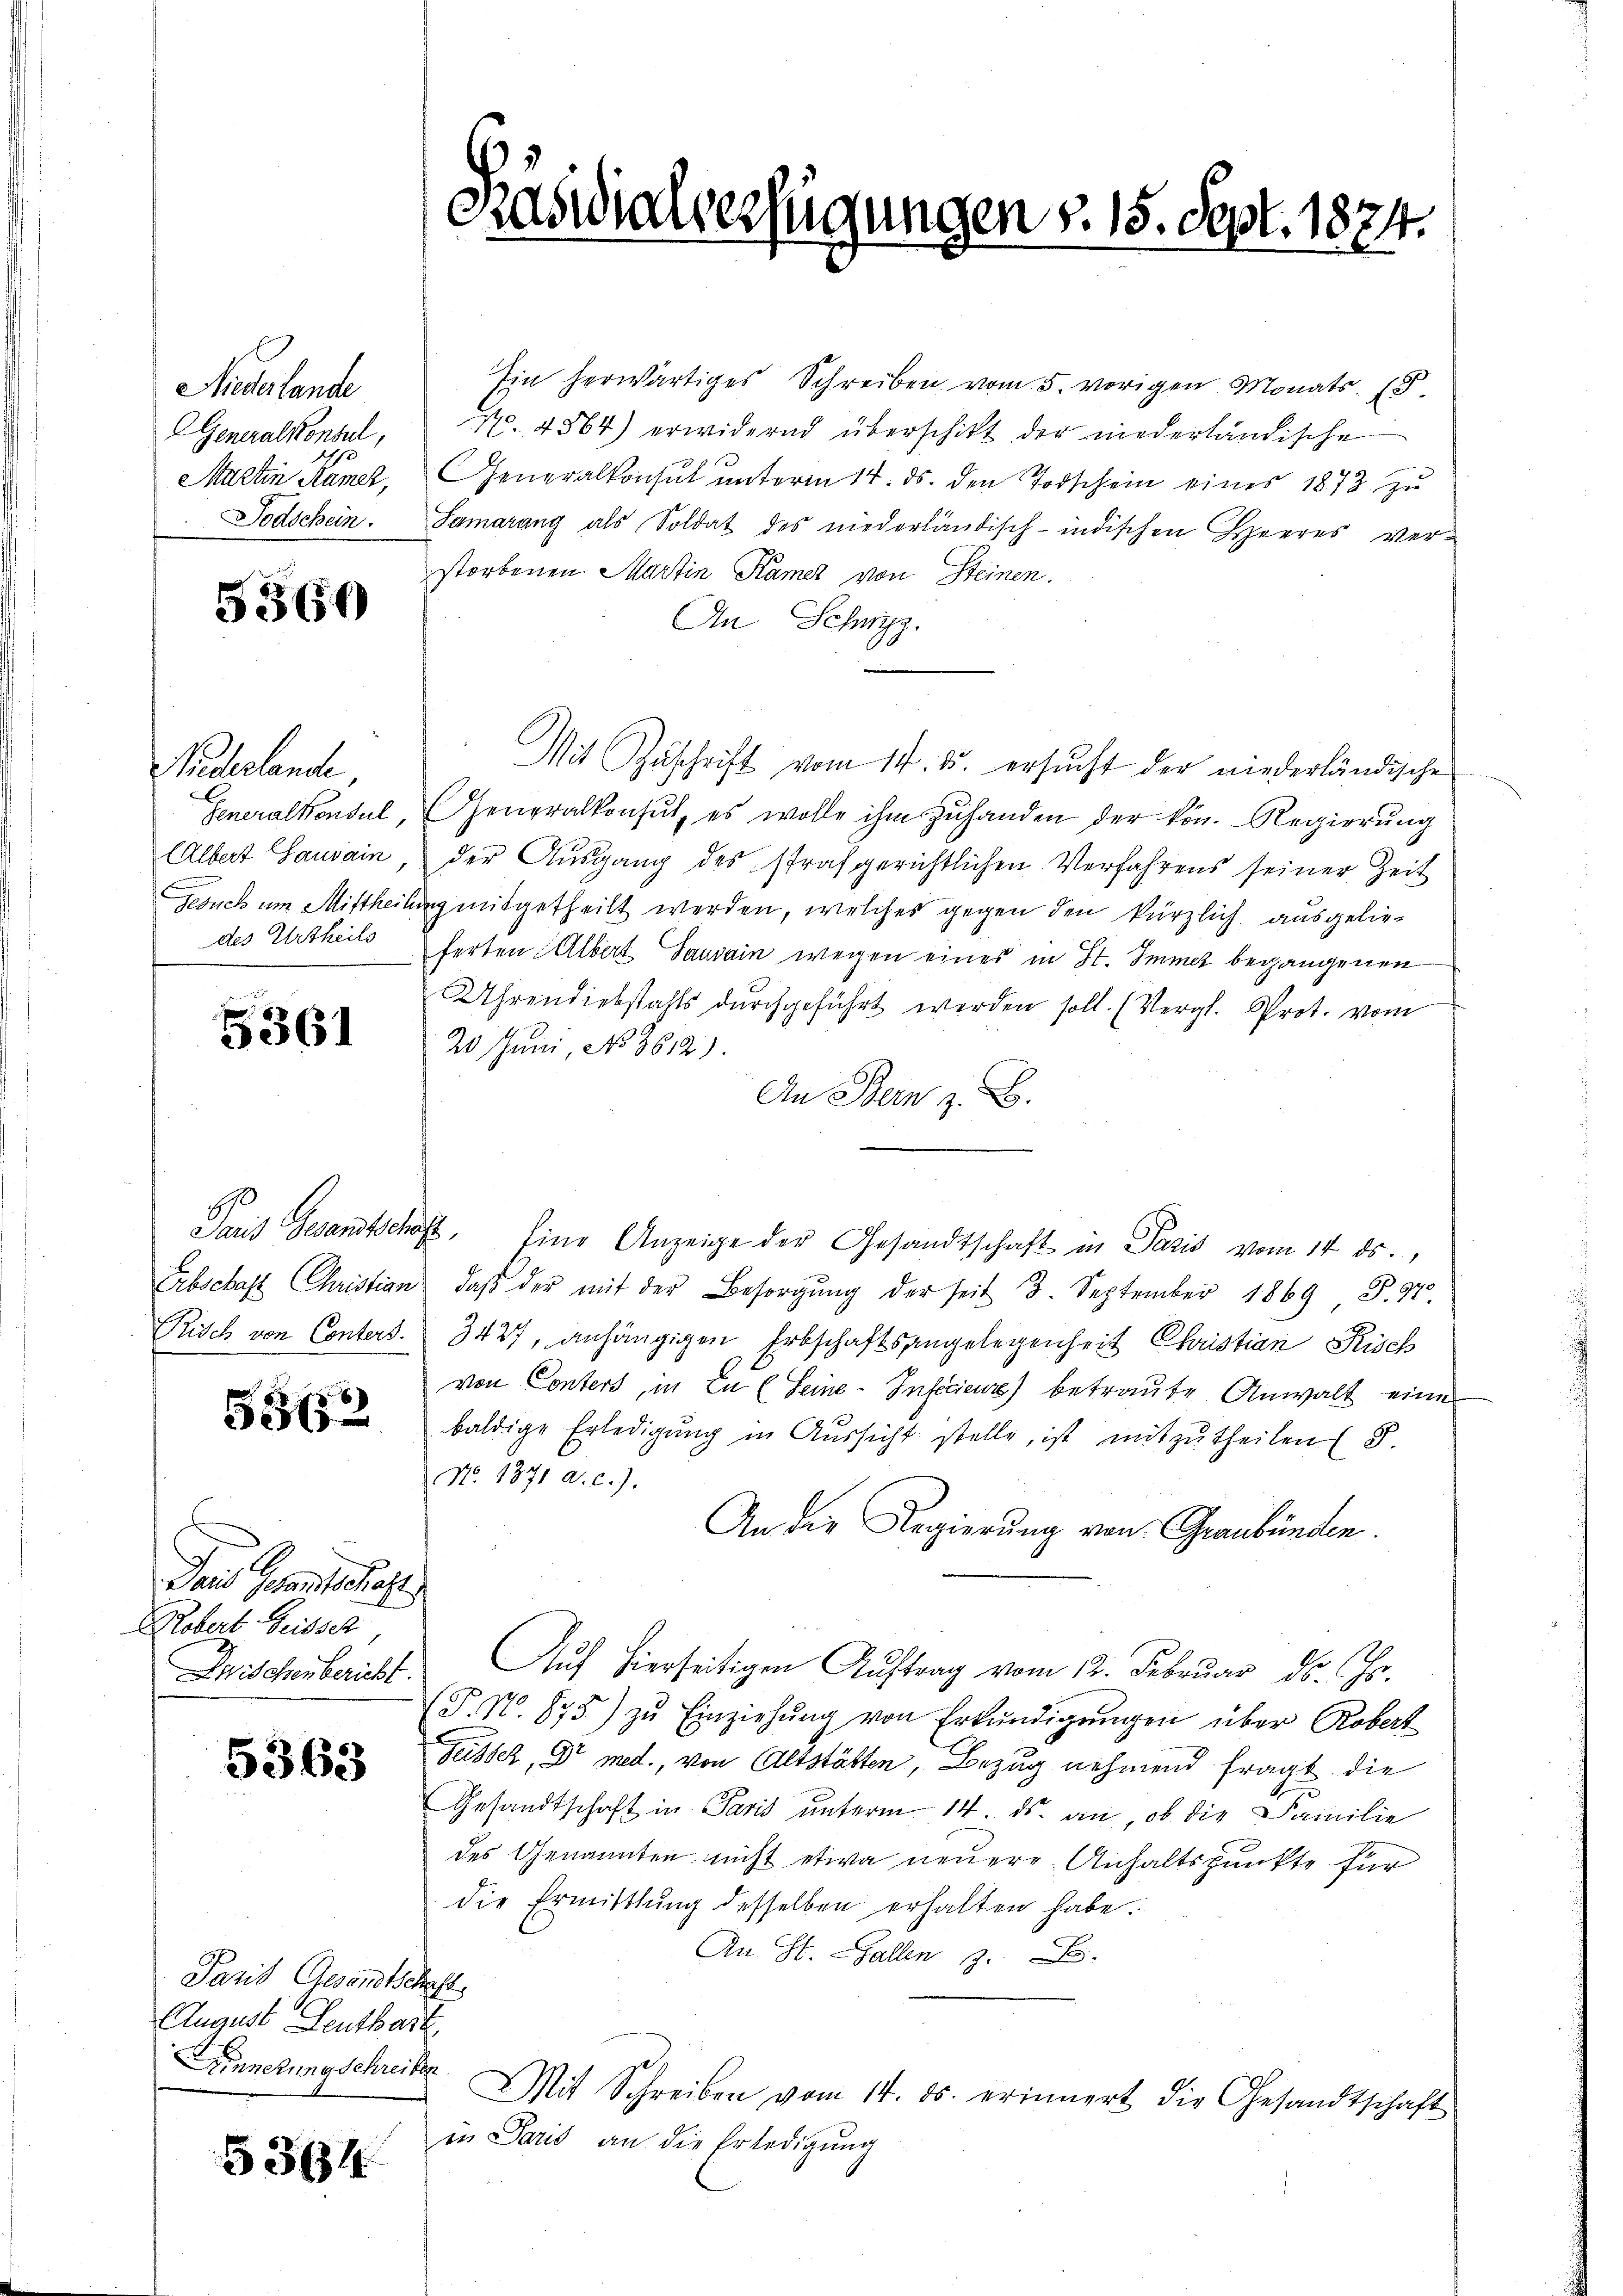
Niederlande
Generalkonsul,
Martin Kamer,
Todschein.

5360

Pideslande
Generalkonsul,
Albert Lausain
Gesuch um Mittheili
des Urtheils

5361

Erbschaft Christian
Risch von Conters.

532

Dans Gesandtsche
Kobert Seitsch,
Zwischen bericht.

5363

Pasis Gesandtschaft,
August Leutkart
Ainnerung schreiben.

5364

Päsidialverfügungen §. 15. Sept. 1874.

Ein herwärtiges Schreiben vom 5. vorigen Monats 15.
Nr. 4864) erwidernd überschikt der niederländische
Generalkonsul unterm 14. ds. den Todschein eines 1872 zu
Samarang als Soldat des niederländisch-indischen Heeres verstorbenen Martin Kamer von Steinen.
An Schwyz.
Mit Zuschrift vom 14. ds. ersucht der niederländische
GGeneralkonsŭt, es wolle ihm zŭ handen der kön. Regierŭng
der Ausgang des strafgerichtlichen Verfahrens seiner Zeit
mitgetheilt werden, welches gegen den kürzlich ausgelieferten Albert Saurain wegen eines in St. Immer begangenen
Uhrendiebstahls durchgeführt werden soll. (Vergl. Prot. vom
20 Juni, No. 3612).
An Bern z. B.
Sait Gesandtschaft, Eine Anzeige der Gesandtschaft in Paris vom 14. ds.,
daβ der mit der Besorgŭng der seit 3. September 1869 S. 94
3427, anhängigen Erbschaftsangelegenheit Christian Kisch
von Conters, in En (Seine Inficieur) betraute Anwalt eine
baldige Erledigung in Aŭssicht stelle, ist mitzutheilen S.
No. 1871 a. c.).
An die Regierung von Graubünden.
Auf hierseitigen Auftrag vom 12. Februar ds. Js.
(P. No. 875) zŭ Einziehŭng von Erkŭndigŭngen über Robert
Feisser, Dr med., von Altstätten, Bezug nehmend fragt die
Gesandtschaft in Paris unterm 14. ds. an, ob die Familie
des Genannten nicht etwa neuere Anhaltspunkte für
die Ermittlung desselben erhalten habe.
An St. Gallen 3. B.
Mit Schreiben vom 14. ds. erinnert die Gesandtschaft
in Paris an die Erledigung